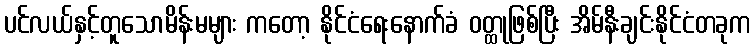
ပင်လယ်နှင့်တူသောမိန်းမများ ကတော့ နိုင်ငံရေးနောက်ခံ ဝတ္ထုဖြစ်ပြီး အိမ်နီးချင်းနိုင်ငံတခုက